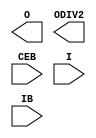
// This program was cloned from: https://github.com/aolofsson/oh
// License: MIT License


module IBUFDS_GTE2 (
    O,
    ODIV2,

    CEB,
    I,
    IB
    );
`ifdef XIL_TIMING
    parameter LOC = "UNPLACED";
`endif
    parameter CLKCM_CFG = "TRUE";
    parameter CLKRCV_TRST = "TRUE";
    parameter [1:0] CLKSWING_CFG = 2'b11;

    output O;
    output ODIV2;

    input CEB;
    input I;
    input IB;



endmodule